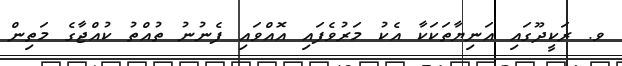
ވ. ރަކީދޫގައި އަނިޔާތަކަކާ އެކު މަރުވެފައި އޮއްވައި ފެނުނު ތުއްތު ކުއްޖާގެ މަތިން